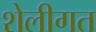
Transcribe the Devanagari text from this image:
शेलीगत